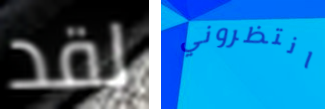
لقد انتظروني